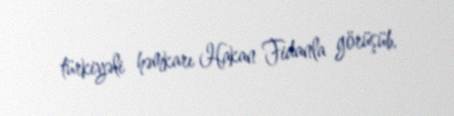
türkiyəli həmkarı Hakan Fidanla görüşüb.